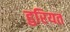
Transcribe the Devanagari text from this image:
हुरियत